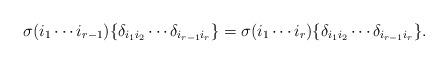
LaTeX: \begin{align*}\sigma(i_1 \cdots i_{r-1}) \{ \delta_{i_1 i_2} \cdots \delta_{i_{r-1}i_r}\} = \sigma(i_1 \cdots i_r) \{\delta_{i_1 i_2} \cdots \delta_{i_{r-1} i_r}\}.\end{align*}